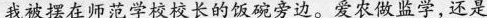
我被摆在师范学校校长的饭碗旁边。爱农做监学，还是